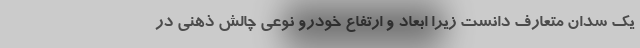
یک سدان متعارف دانست زیرا ابعاد و ارتفاع خودرو نوعی چالش ذهنی در